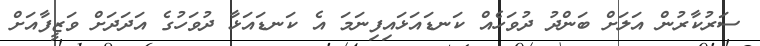
ސަރުކާރުން އަލަށް ބަންދު ދުވަހެއް ކަނޑައަޅައިފިނަމަ އެ ކަނޑައަޅާ ދުވަހުގެ އަދަދަށް ވަޒީފާއަށް